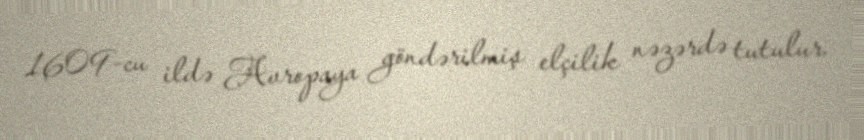
1609-cu ildə Avropaya göndərilmiş elçilik nəzərdə tutulur.